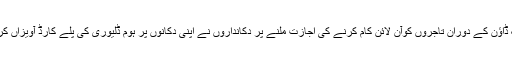
کراچی: لاک ڈاؤن کے دوران تاجروں کوآن لائن کام کرنے کی اجازت ملنے پر دکانداروں نے اپنی دکانوں پر ہوم ڈلیوری کی پلے کارڈ آویزاں کررکھے ہیں ۔